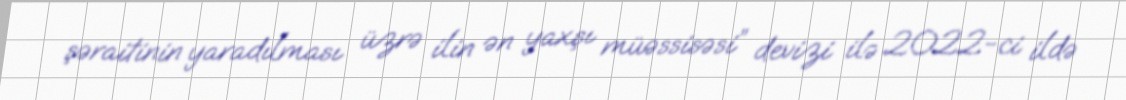
şəraitinin yaradılması üzrə ilin ən yaxşı müəssisəsi” devizi ilə 2022-ci ildə